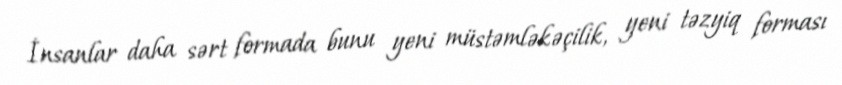
İnsanlar daha sərt formada bunu yeni müstəmləkəçilik, yeni təzyiq forması